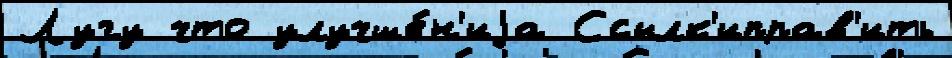
Лугу что улучше́н'иjа Ссылк'иправ'ить